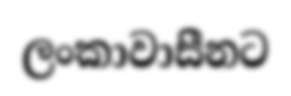
ලංකාවාසීනට